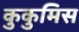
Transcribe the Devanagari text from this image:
कुकुमिस